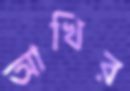
আখির